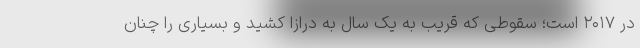
در ۲۰۱۷ است؛ سقوطی که قریب به یک سال به درازا کشید و بسیاری را چنان